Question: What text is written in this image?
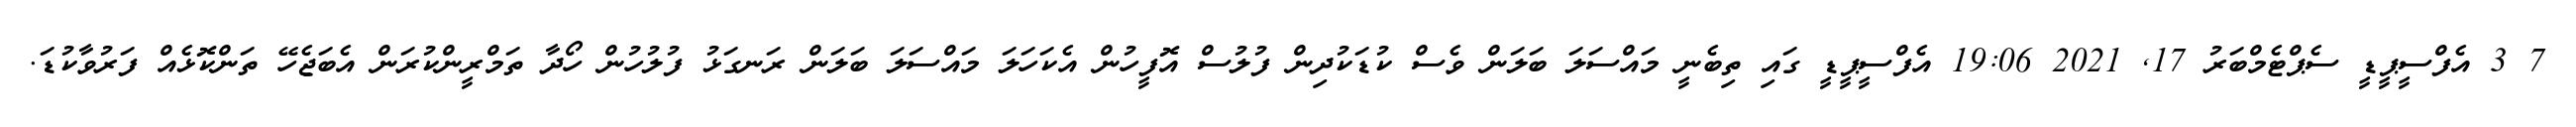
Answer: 7 3 އެފްސީޕީޑީ ސެޕްޓެމްބަރު 17, 2021 19:06 އެފްސީޕީޑީ ގައި ތިބެނީ މައްސަލަ ބަލަން ވެސް ކުޑަކުދިން ފުލުސް އޮފީހުން އެކަހަލަ މައްސަލަ ބަލަން ރަނގަޅު ފުލުހުން ހޯދާ ތަމްރީންކުރަން އެބަޖެހޭ ތަންކޮޅެއް ފަރުވާކުޑަ.